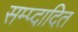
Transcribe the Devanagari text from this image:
सम्प्दादित